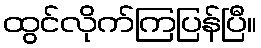
ထွင်လိုက်ကြပြန်ပြီ။